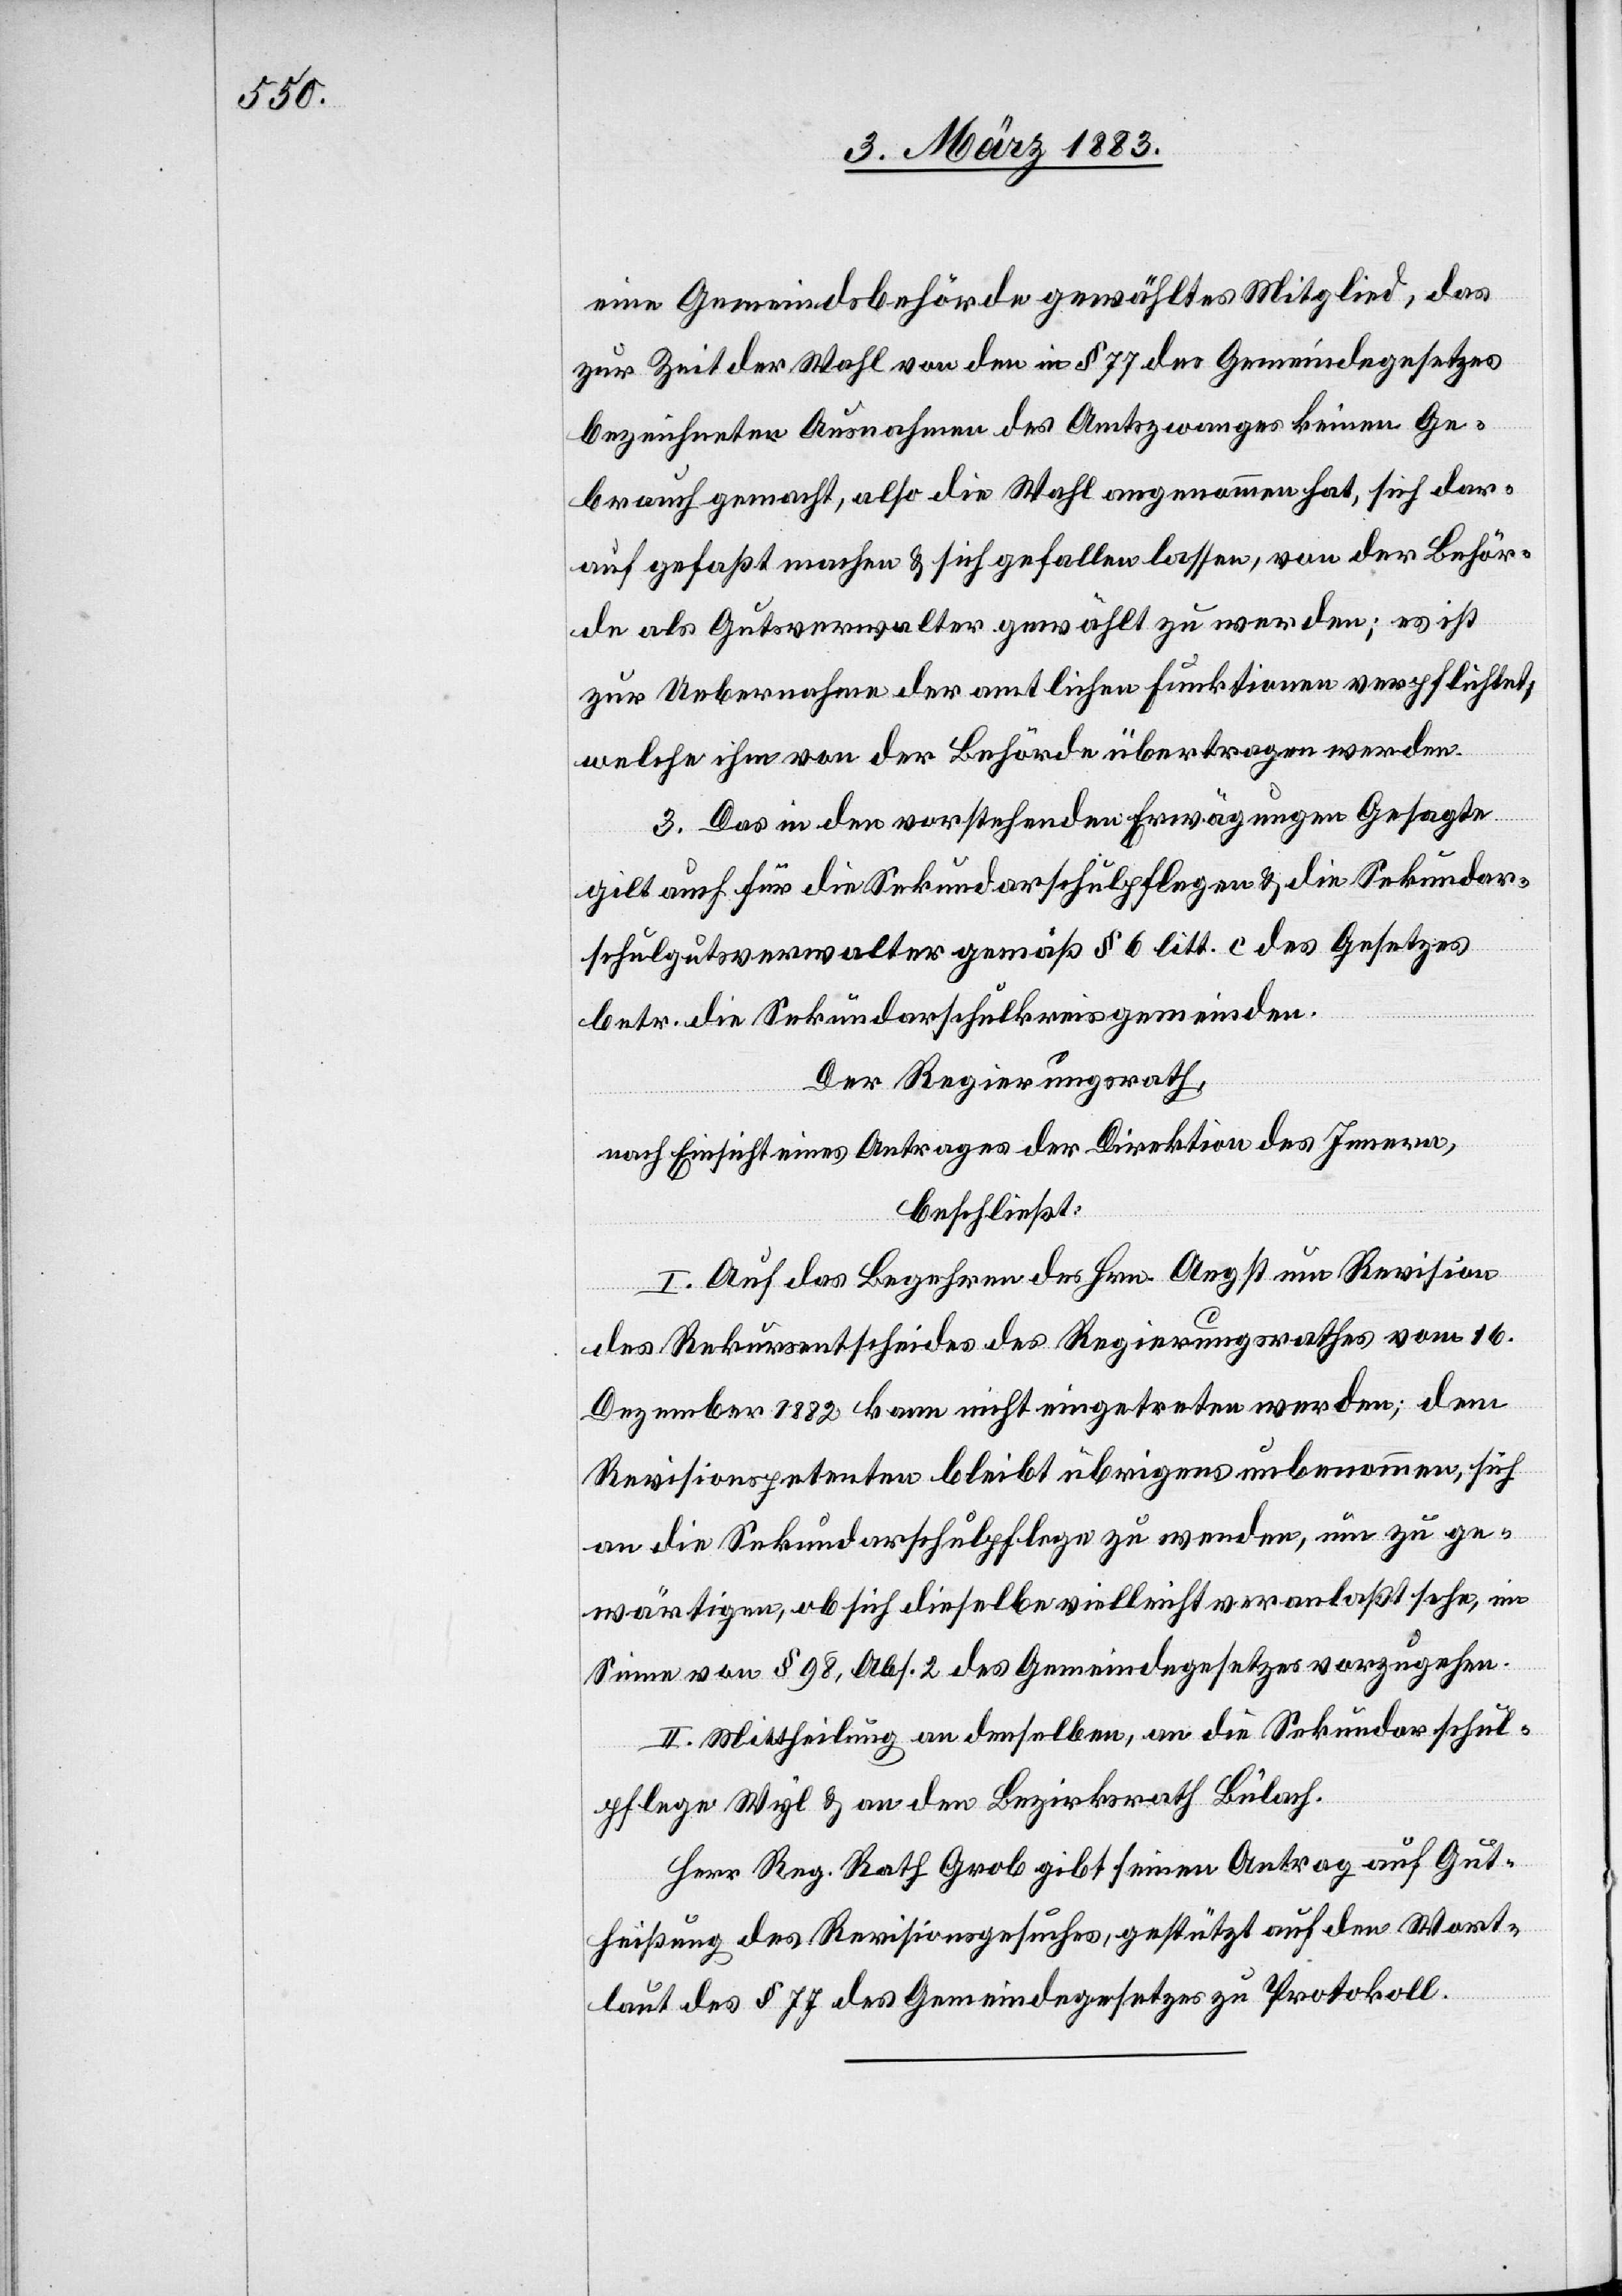
eine Gemeindsbehörde gewähltes Mitglied, das
zur Zeit der Wahl von den in § 77 des Gemeindegesetzes
bezeichneten Ausnahmen des Amtszwanges keinen Ge¬
brauch gemacht, also die Wahl angenommen hat, sich dar¬
auf gefaßt machen & sich gefallen lassen, von der Behör¬
de als Gutsverwalter gewählt zu werden; es ist
zur Uebernahme der amtlichen Funktionen verpflichtet,
welche ihm von der Behörde übertragen werden.
3. Das in den vorstehenden Erwägungen Gesagte
gilt auch für die Sekundarschulpflegen & die Sekundar¬
schulgutsverwalter gemäß § 6 litt. c des Gesetzes
betr. die Sekundarschulkreisgemeinden.
Der Regierungsrath,
nach Einsicht eines Antrages der Direktion des Innern,
beschließt:
I. Auf das Begehren des Hrn. Angst um Revision
des Rekursentscheides des Regierungsrathes vom 16.
Dezember 1882 kann nicht eingetreten werden; dem
Revisionspetenten bleibt übrigens unbenommen, sich
an die Sekundarschulpflege zu wenden, um zu ge¬
wärtigen, ob sich dieselbe vielleicht veranlaßt sehe, im
Sinne von § 98, Abs. 2 des Gemeindegesetzes vorzugehen.
II. Mittheilung an denselben, an die Sekundarschul¬
pflege Wyl & an den Bezirksrath Bülach.
Herr Reg. Rath Grob gibt seinen Antrag auf Gut¬
heißung des Revisionsgesuches, gestützt auf den Wort¬
laut des § 77 des Gemeindegesetzes zu Protokoll.